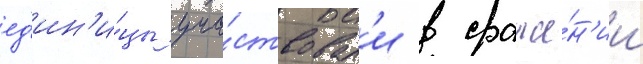
ед'ин'и́цы уча́ствовал'и в сраже́н'ии